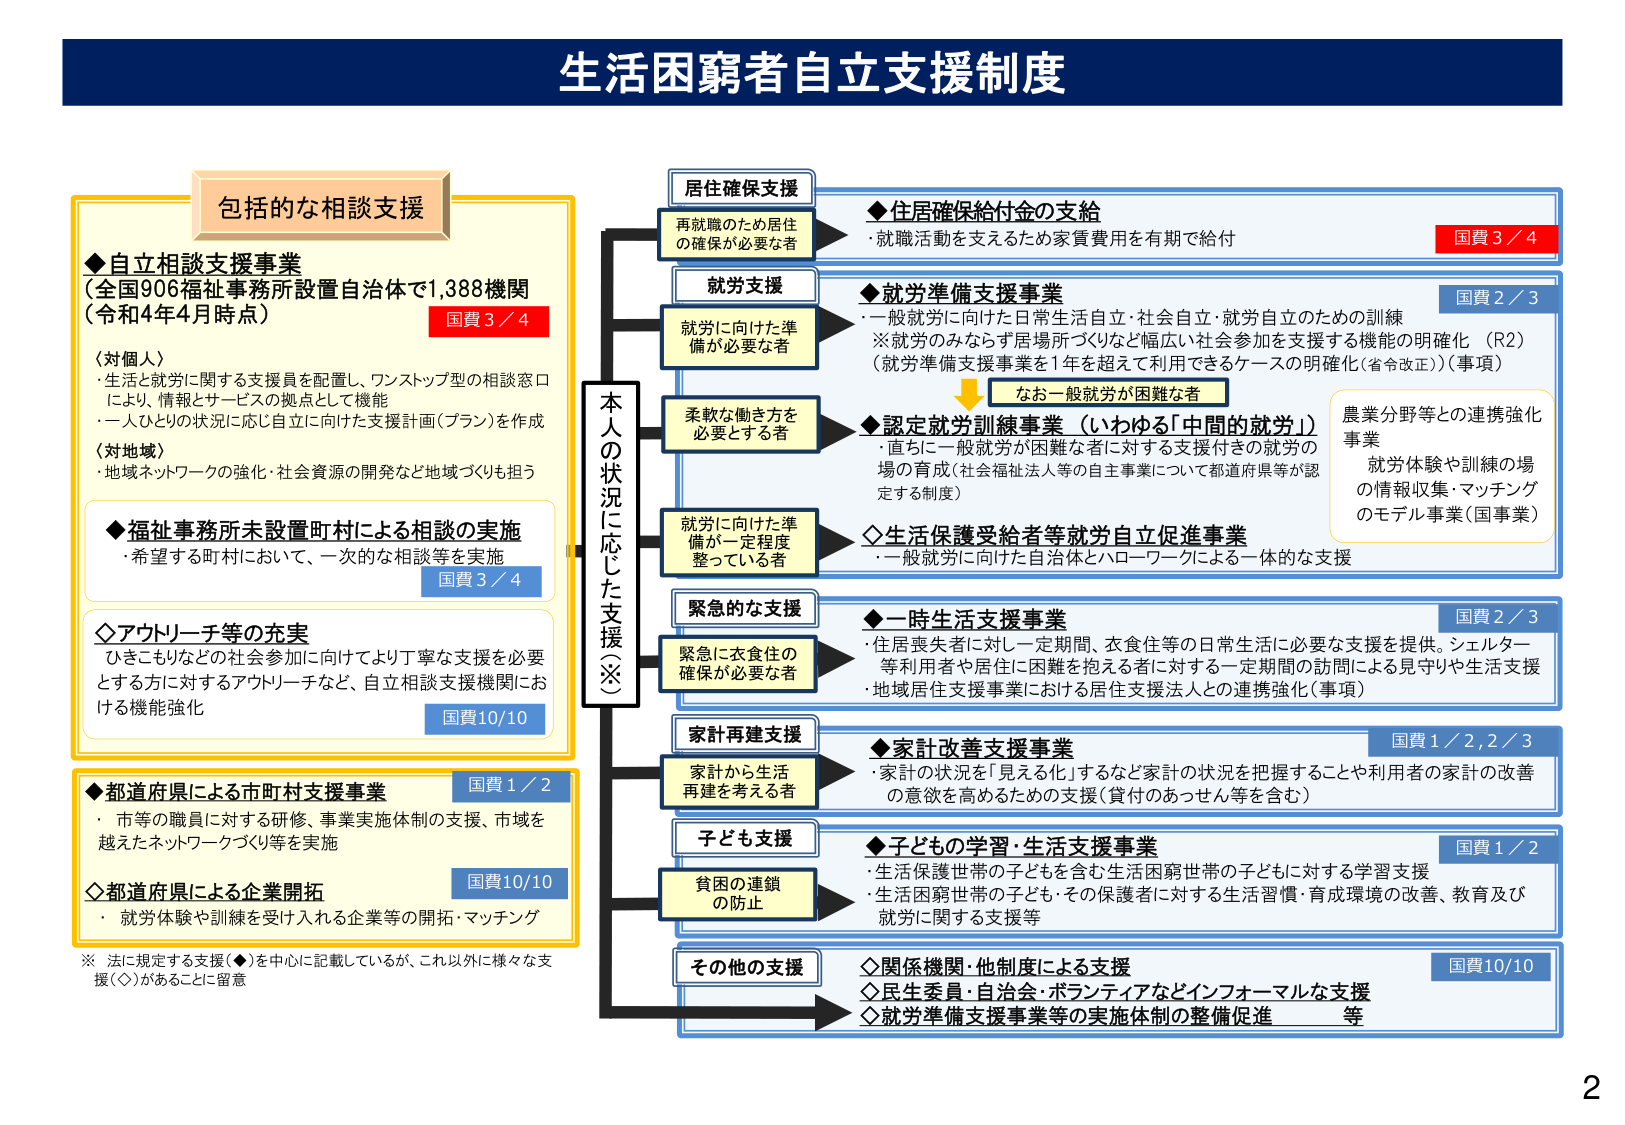
生活困窮者自立支援制度

包括的な相談支援

◆自立相談支援事業
（全国906福祉事務所設置自治体で1,388機関
令和4年4月時点）
国費3／4

（対個人）
・生活と就労に関する支援員を配置し、ワンストップ型の相談窓口
により、情報とサービスの拠点として機能
・一人ひとりの状況に応じ自立に向けた支援計画（プラン）を作成

（対地域）
・地域ネットワークの強化・社会資源の開発など地域づくりも担う

◆福祉事務所未設置町村による相談の実施
・希望する町村において、一次的な相談等を実施
国費3／4

◇アウトリーチ等の充実
ひきこもりなどの社会参加に向けたより丁寧な支援を必要
とする方に対するアウトリーチなど、自立相談支援機関にお
ける機能強化
国費10／10

◆都道府県による市町村支援事業
国費1／2
・市等の職員に対する研修、事業実施体制の支援、市域を
越えたネットワークづくり等を実施

◇都道府県による企業開拓
国費10／10
・就労体験や訓練を受け入れる企業等の開拓・マッチング

※ 法に規定する支援（◆を中心に記載しているが、これ以外に様々な支
援（◇）があることに留意

本人の状況に応じた支援（※）

居住確保支援
再就職のため居住
の確保が必要な者
◆居住確保給付金の支給
・就職活動を支えるため家賃費用を有期で給付
国費3／4

就労支援
就労に向けた準備
が必要な者
◆就労準備支援事業
・一般就労に向けた日常生活自立・社会自立・就労自立のための訓練
※就労のみならず居場所づくりなど幅広い社会参加を支援する機能の明確化（R2）
（就労準備支援事業を1年を超えて利用できるケースの明確化（省令改正））（事項）
なお一般就労が困難な者
◆認定就労訓練事業（いわゆる「中間的就労」）
・直ちに一般就労が困難な者に対する支援付きの就労の
場の育成（社会福祉法人等の自主事業について都道府県等が認
定する制度）
農業分野等との連携強化
事業
就労体験や訓練の場
の情報収集・マッチング
のモデル事業（国事業）

就労に向けた準備が一定程度
整っている者
◇生活保護受給者等就労自立促進事業
・一般就労に向けた自治体とハローワークによる一体的な支援

緊急的な支援
緊急に衣食住の
確保が必要な者
◆一時生活支援事業
・住居喪失者に対し一定期間、衣食住等の日常生活に必要な支援を提供。シェルター
等利用者や居住に困難を抱える者に対する一定期間の訪問による見守りや生活支援
・地域居住支援事業における居住支援法人との連携強化（事項）
国費2／3

家計再建支援
家計から生活
再建を考える者
◆家計改善支援事業
・家計の状況を「見える化」するなど家計の状況を把握することや利用者の家計の改善
の意欲を高めるための支援（貸付のあっせん等を含む）
国費1／2,2／3

子ども支援
貧困の連鎖
の防止
◆子どもの学習・生活支援事業
・生活保護世帯の子どもを含む生活困窮世帯の子どもに対する学習支援
・生活困窮世帯の子ども・その保護者に対する生活習慣・育成環境の改善、教育及び
就労に関する支援等
国費1／2

その他の支援
◇関係機関・他制度による支援
◇民生委員・自治会・ボランティアなどインフォーマルな支援
◇就労準備支援事業等の実施体制の整備促進　等
国費10／10

2